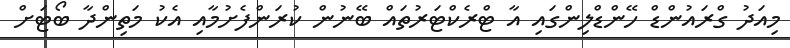
މިއަދު ގްރައުންޑް ހޭންޑްލިންގައި އާ ޓްރެކްޓަރުތައް ބޭނުން ކުރަންފެށުމާއި އެކު މަތިންދާ ބޯޓަށް